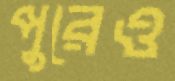
পুরেও